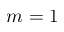
m = 1